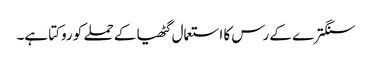
سنگترے کے رس کا استعمال گٹھیا کے حملے کو روکتا ہے۔